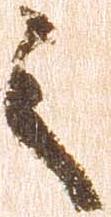
之